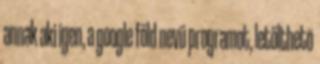
annak aki igen, a google föld nevü programot, letölthetõ